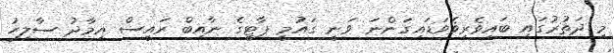
މި ދަތުރުގައި ބައިވެރިވެވަޑައިގަންނަ ވަނީ ގައުމީ ޕާޓީގެ ނާއިބް ރައީސް އިމާދު ސާލިހު